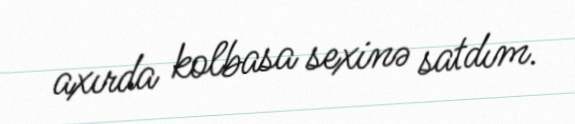
axırda kolbasa sexinə satdım.